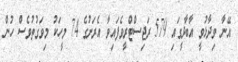
އޭނާ ވިދާޅުވީ އާބާދީގައި 579 ރަޖިސްޓްރީވެފައިވާ އެރަށުގެ 74 މީހަކު މިވަގުތުވެސް ހުން